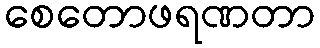
စေတောဖရဏတာ